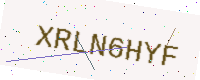
Text: XRLN6HYF